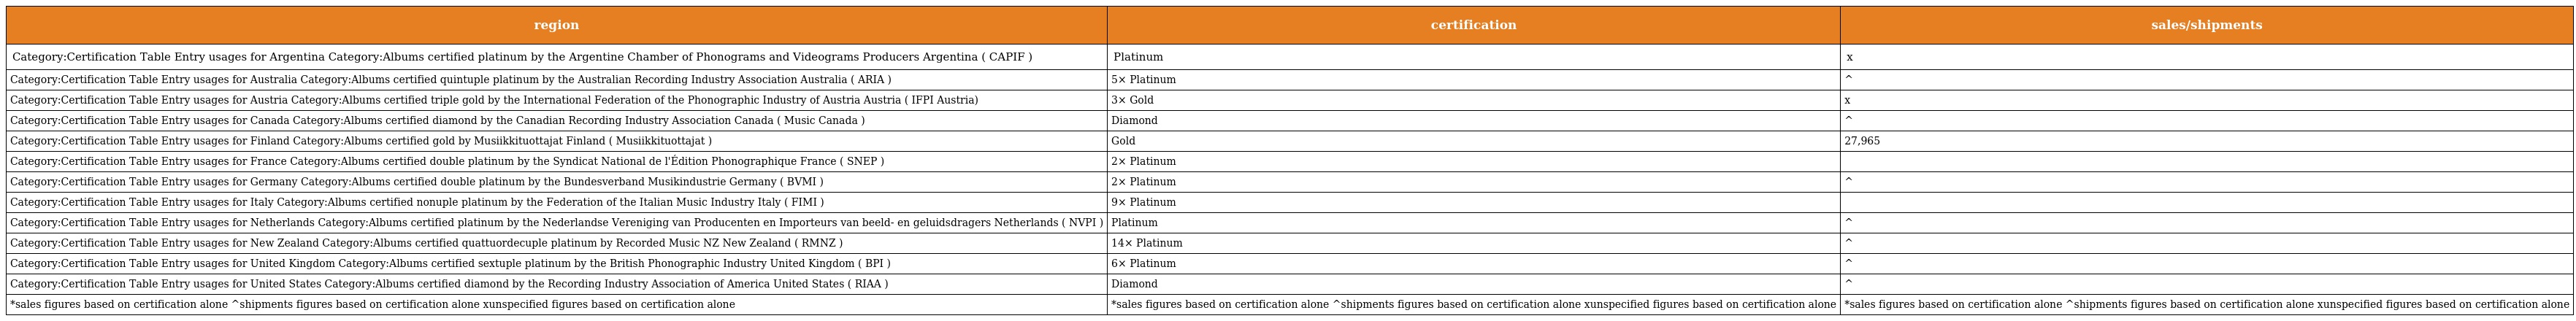
| region | certification | sales/shipments |
 | --- | --- | --- |
 | Category:Certification Table Entry usages for Argentina Category:Albums certified platinum by the Argentine Chamber of Phonograms and Videograms Producers Argentina ( CAPIF ) | Platinum | x |
 | Category:Certification Table Entry usages for Australia Category:Albums certified quintuple platinum by the Australian Recording Industry Association Australia ( ARIA ) | 5× Platinum | ^ |
 | Category:Certification Table Entry usages for Austria Category:Albums certified triple gold by the International Federation of the Phonographic Industry of Austria Austria ( IFPI Austria) | 3× Gold | x |
 | Category:Certification Table Entry usages for Canada Category:Albums certified diamond by the Canadian Recording Industry Association Canada ( Music Canada ) | Diamond | ^ |
 | Category:Certification Table Entry usages for Finland Category:Albums certified gold by Musiikkituottajat Finland ( Musiikkituottajat ) | Gold | 27,965 |
 | Category:Certification Table Entry usages for France Category:Albums certified double platinum by the Syndicat National de l'Édition Phonographique France ( SNEP ) | 2× Platinum |  |
 | Category:Certification Table Entry usages for Germany Category:Albums certified double platinum by the Bundesverband Musikindustrie Germany ( BVMI ) | 2× Platinum | ^ |
 | Category:Certification Table Entry usages for Italy Category:Albums certified nonuple platinum by the Federation of the Italian Music Industry Italy ( FIMI ) | 9× Platinum |  |
 | Category:Certification Table Entry usages for Netherlands Category:Albums certified platinum by the Nederlandse Vereniging van Producenten en Importeurs van beeld- en geluidsdragers Netherlands ( NVPI ) | Platinum | ^ |
 | Category:Certification Table Entry usages for New Zealand Category:Albums certified quattuordecuple platinum by Recorded Music NZ New Zealand ( RMNZ ) | 14× Platinum | ^ |
 | Category:Certification Table Entry usages for United Kingdom Category:Albums certified sextuple platinum by the British Phonographic Industry United Kingdom ( BPI ) | 6× Platinum | ^ |
 | Category:Certification Table Entry usages for United States Category:Albums certified diamond by the Recording Industry Association of America United States ( RIAA ) | Diamond | ^ |
 | *sales figures based on certification alone ^shipments figures based on certification alone xunspecified figures based on certification alone | *sales figures based on certification alone ^shipments figures based on certification alone xunspecified figures based on certification alone | *sales figures based on certification alone ^shipments figures based on certification alone xunspecified figures based on certification alone |